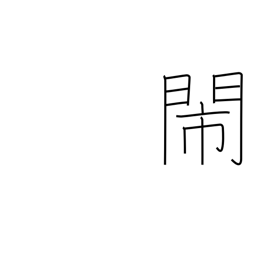
Meaning: noisy